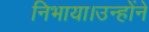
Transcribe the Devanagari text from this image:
निभाया।उन्होंने